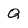
Character: Q